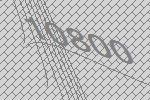
10800